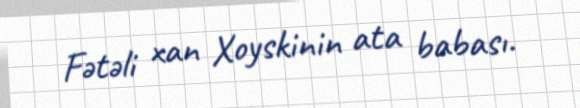
Fətəli xan Xoyskinin ata babası.